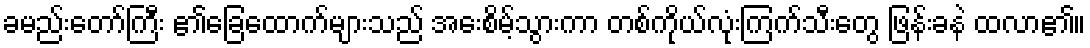
ခမည်းတော်ကြီး ၏ခြေထောက်များသည် အေးစိမ့်သွားကာ တစ်ကိုယ်လုံးကြက်သီးတွေ ဖြန်းခနဲ ထလာ၏။